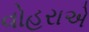
વોહરાએ